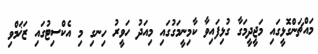
މައްޗަންގޮޅީގައި މަޖީދީމަގާ ގުޅިފައިވާ ކާމިނީމަގުގައި މިއަދު ހަވީރު ހިނގި މި އެކްސިޓުގައި ޒަޚަމްވި